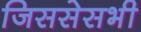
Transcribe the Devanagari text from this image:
जिससेसभी